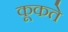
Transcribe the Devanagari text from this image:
कूकते